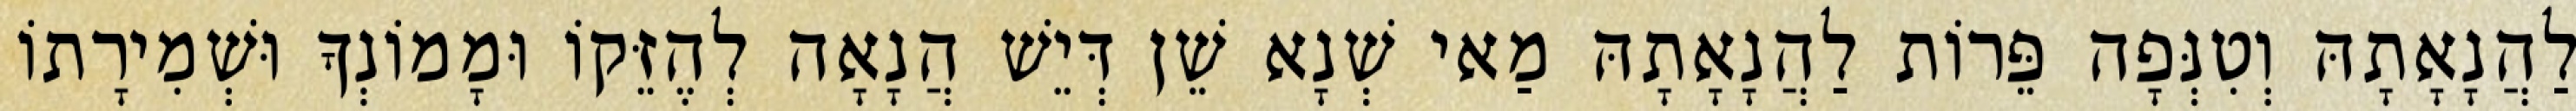
לַהֲנָאָתָהּ וְטִנְּפָה פֵּרוֹת לַהֲנָאָתָהּ מַאי שְׁנָא שֵׁן דְּיֵשׁ הֲנָאָה לְהֶזֵּקוֹ וּמָמוֹנְךָ וּשְׁמִירָתוֹ